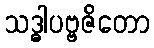
သဒ္ဓါပဗ္ဗဇိတော